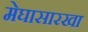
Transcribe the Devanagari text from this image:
मेघासारखा